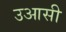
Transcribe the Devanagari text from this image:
उआसी